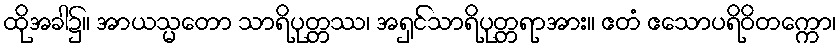
ထိုအခါ၌။ အာယသ္မတော သာရိပုတ္တဿ၊ အရှင်သာရိပုတ္တရာအား။ ဧတံ ဧသောပရိဝိတက္ကော၊